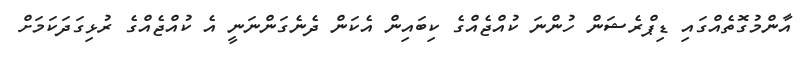
އާންމުގޮތެއްގައި ޑިޕްރެޝަން ހުންނަ ކުއްޖެއްގެ ކިބައިން އެކަން ދެނެގަންނަނީ އެ ކުއްޖެއްގެ ރުޅިގަދަކަމަށް